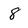
Character: 8